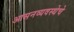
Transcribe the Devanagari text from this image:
आसनव्यवस्थेचे